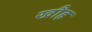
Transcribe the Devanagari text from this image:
खौह